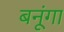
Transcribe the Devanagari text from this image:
बनूंगा